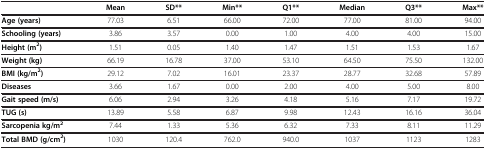
<table><thead><tr><td><b> </b></td><td><b>Mean</b></td><td><b>SD**</b></td><td><b>Min**</b></td><td><b>Q1**</b></td><td><b>Median</b></td><td><b>Q3**</b></td><td><b>Max**</b></td></tr></thead><tbody><tr><td><b>Age (years)</b></td><td>77.03</td><td>6.51</td><td>66.00</td><td>72.00</td><td>77.00</td><td>81.00</td><td>94.00</td></tr><tr><td><b>Schooling (years)</b></td><td>3.86</td><td>3.57</td><td>0.00</td><td>1.00</td><td>4.00</td><td>4.00</td><td>15.00</td></tr><tr><td><b>Height (m</b><sup><b>2</b></sup><b>)</b></td><td>1.51</td><td>0.05</td><td>1.40</td><td>1.47</td><td>1.51</td><td>1.53</td><td>1.67</td></tr><tr><td><b>Weight (kg)</b></td><td>66.19</td><td>16.78</td><td>37.00</td><td>53.10</td><td>64.50</td><td>75.50</td><td>132.00</td></tr><tr><td><b>BMI (kg/m</b><sup><b>2</b></sup><b>)</b></td><td>29.12</td><td>7.02</td><td>16.01</td><td>23.37</td><td>28.77</td><td>32.68</td><td>57.89</td></tr><tr><td><b>Diseases</b></td><td>3.66</td><td>1.67</td><td>0.00</td><td>2.00</td><td>4.00</td><td>5.00</td><td>8.00</td></tr><tr><td><b>Gait speed (m/s)</b></td><td>6.06</td><td>2.94</td><td>3.26</td><td>4.18</td><td>5.16</td><td>7.17</td><td>19.72</td></tr><tr><td><b>TUG (s)</b></td><td>13.89</td><td>5.58</td><td>6.87</td><td>9.98</td><td>12.43</td><td>16.16</td><td>36.04</td></tr><tr><td><b>Sarcopenia kg/m</b><sup><b>2</b></sup></td><td>7.44</td><td>1.33</td><td>5.36</td><td>6.32</td><td>7.33</td><td>8.11</td><td>11.29</td></tr><tr><td><b>Total BMD (g/cm</b><sup><b>2</b></sup><b>)</b></td><td>1030</td><td>120.4</td><td>762.0</td><td>940.0</td><td>1037</td><td>1123</td><td>1283</td></tr></tbody></table>